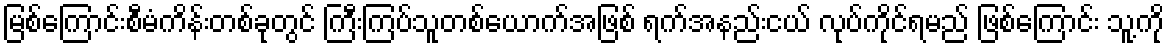
မြစ်ကြောင်းစီမံကိန်းတစ်ခုတွင် ကြီးကြပ်သူတစ်ယောက်အဖြစ် ရက်အနည်းငယ် လုပ်ကိုင်ရမည် ဖြစ်ကြောင်း သူ့ကို